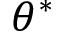
\theta ^ { * }